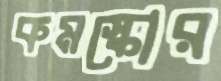
কমস্কোর